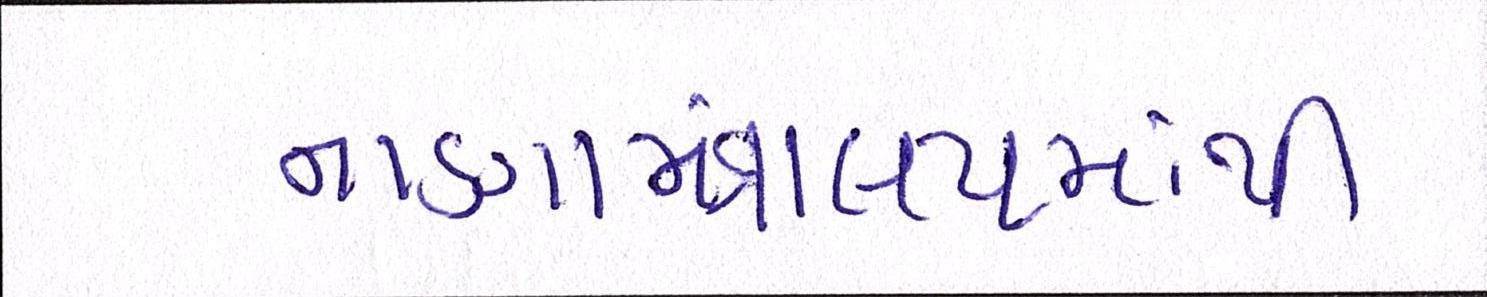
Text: નાણામંત્રાલયમાંથી